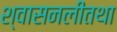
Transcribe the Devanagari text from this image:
श्वासनलीतथा